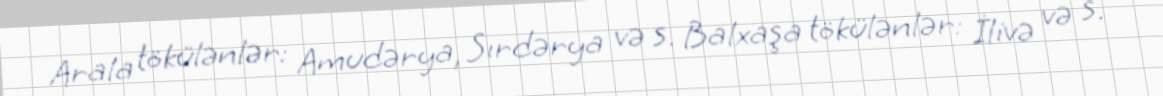
Arala tökülənlər: Amudərya, Sırdərya və s. Balxaşa tökülənlər: İlivə və s.